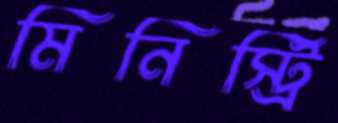
মিনিস্ট্রি